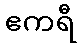
ဧကရီ